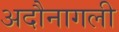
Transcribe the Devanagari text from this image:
अदौनागली